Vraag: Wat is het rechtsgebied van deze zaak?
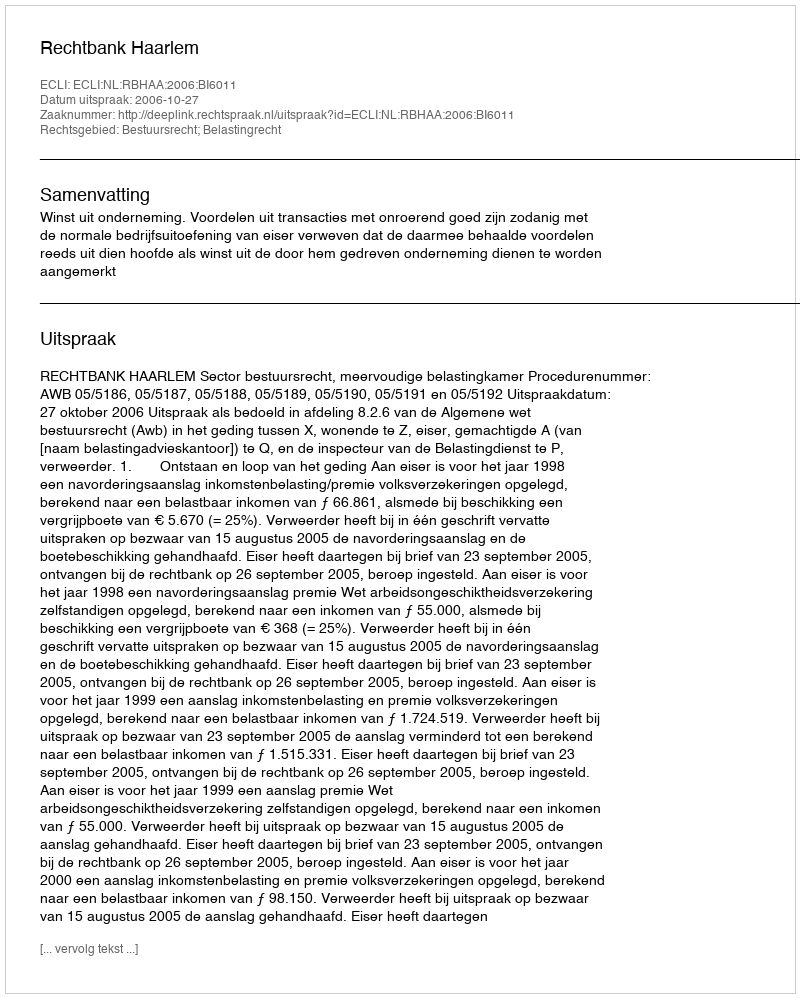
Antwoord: Bestuursrecht; Belastingrecht